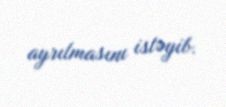
ayrılmasını istəyib.